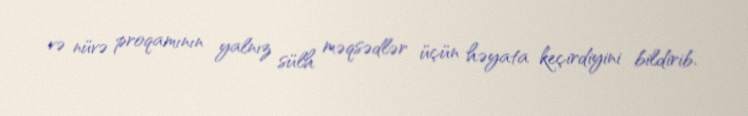
və nüvə proqamının yalnız sülh məqsədlər üçün həyata keçirdiyini bildirib.